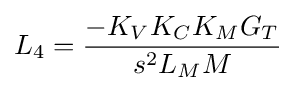
L_{4}={\frac {-K_{V}K_{C}K_{M}G_{T}}{s^{2}L_{M}M}}